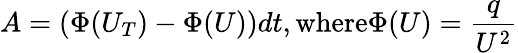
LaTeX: A=(\Phi(U_{T})-\Phi(U))dt,\textrm{where}\Phi(U)=\frac{q}{U^{2}}